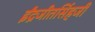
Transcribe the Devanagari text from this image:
ईंद्रजीतसिंहजी